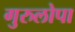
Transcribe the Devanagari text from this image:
गुरुलोपा